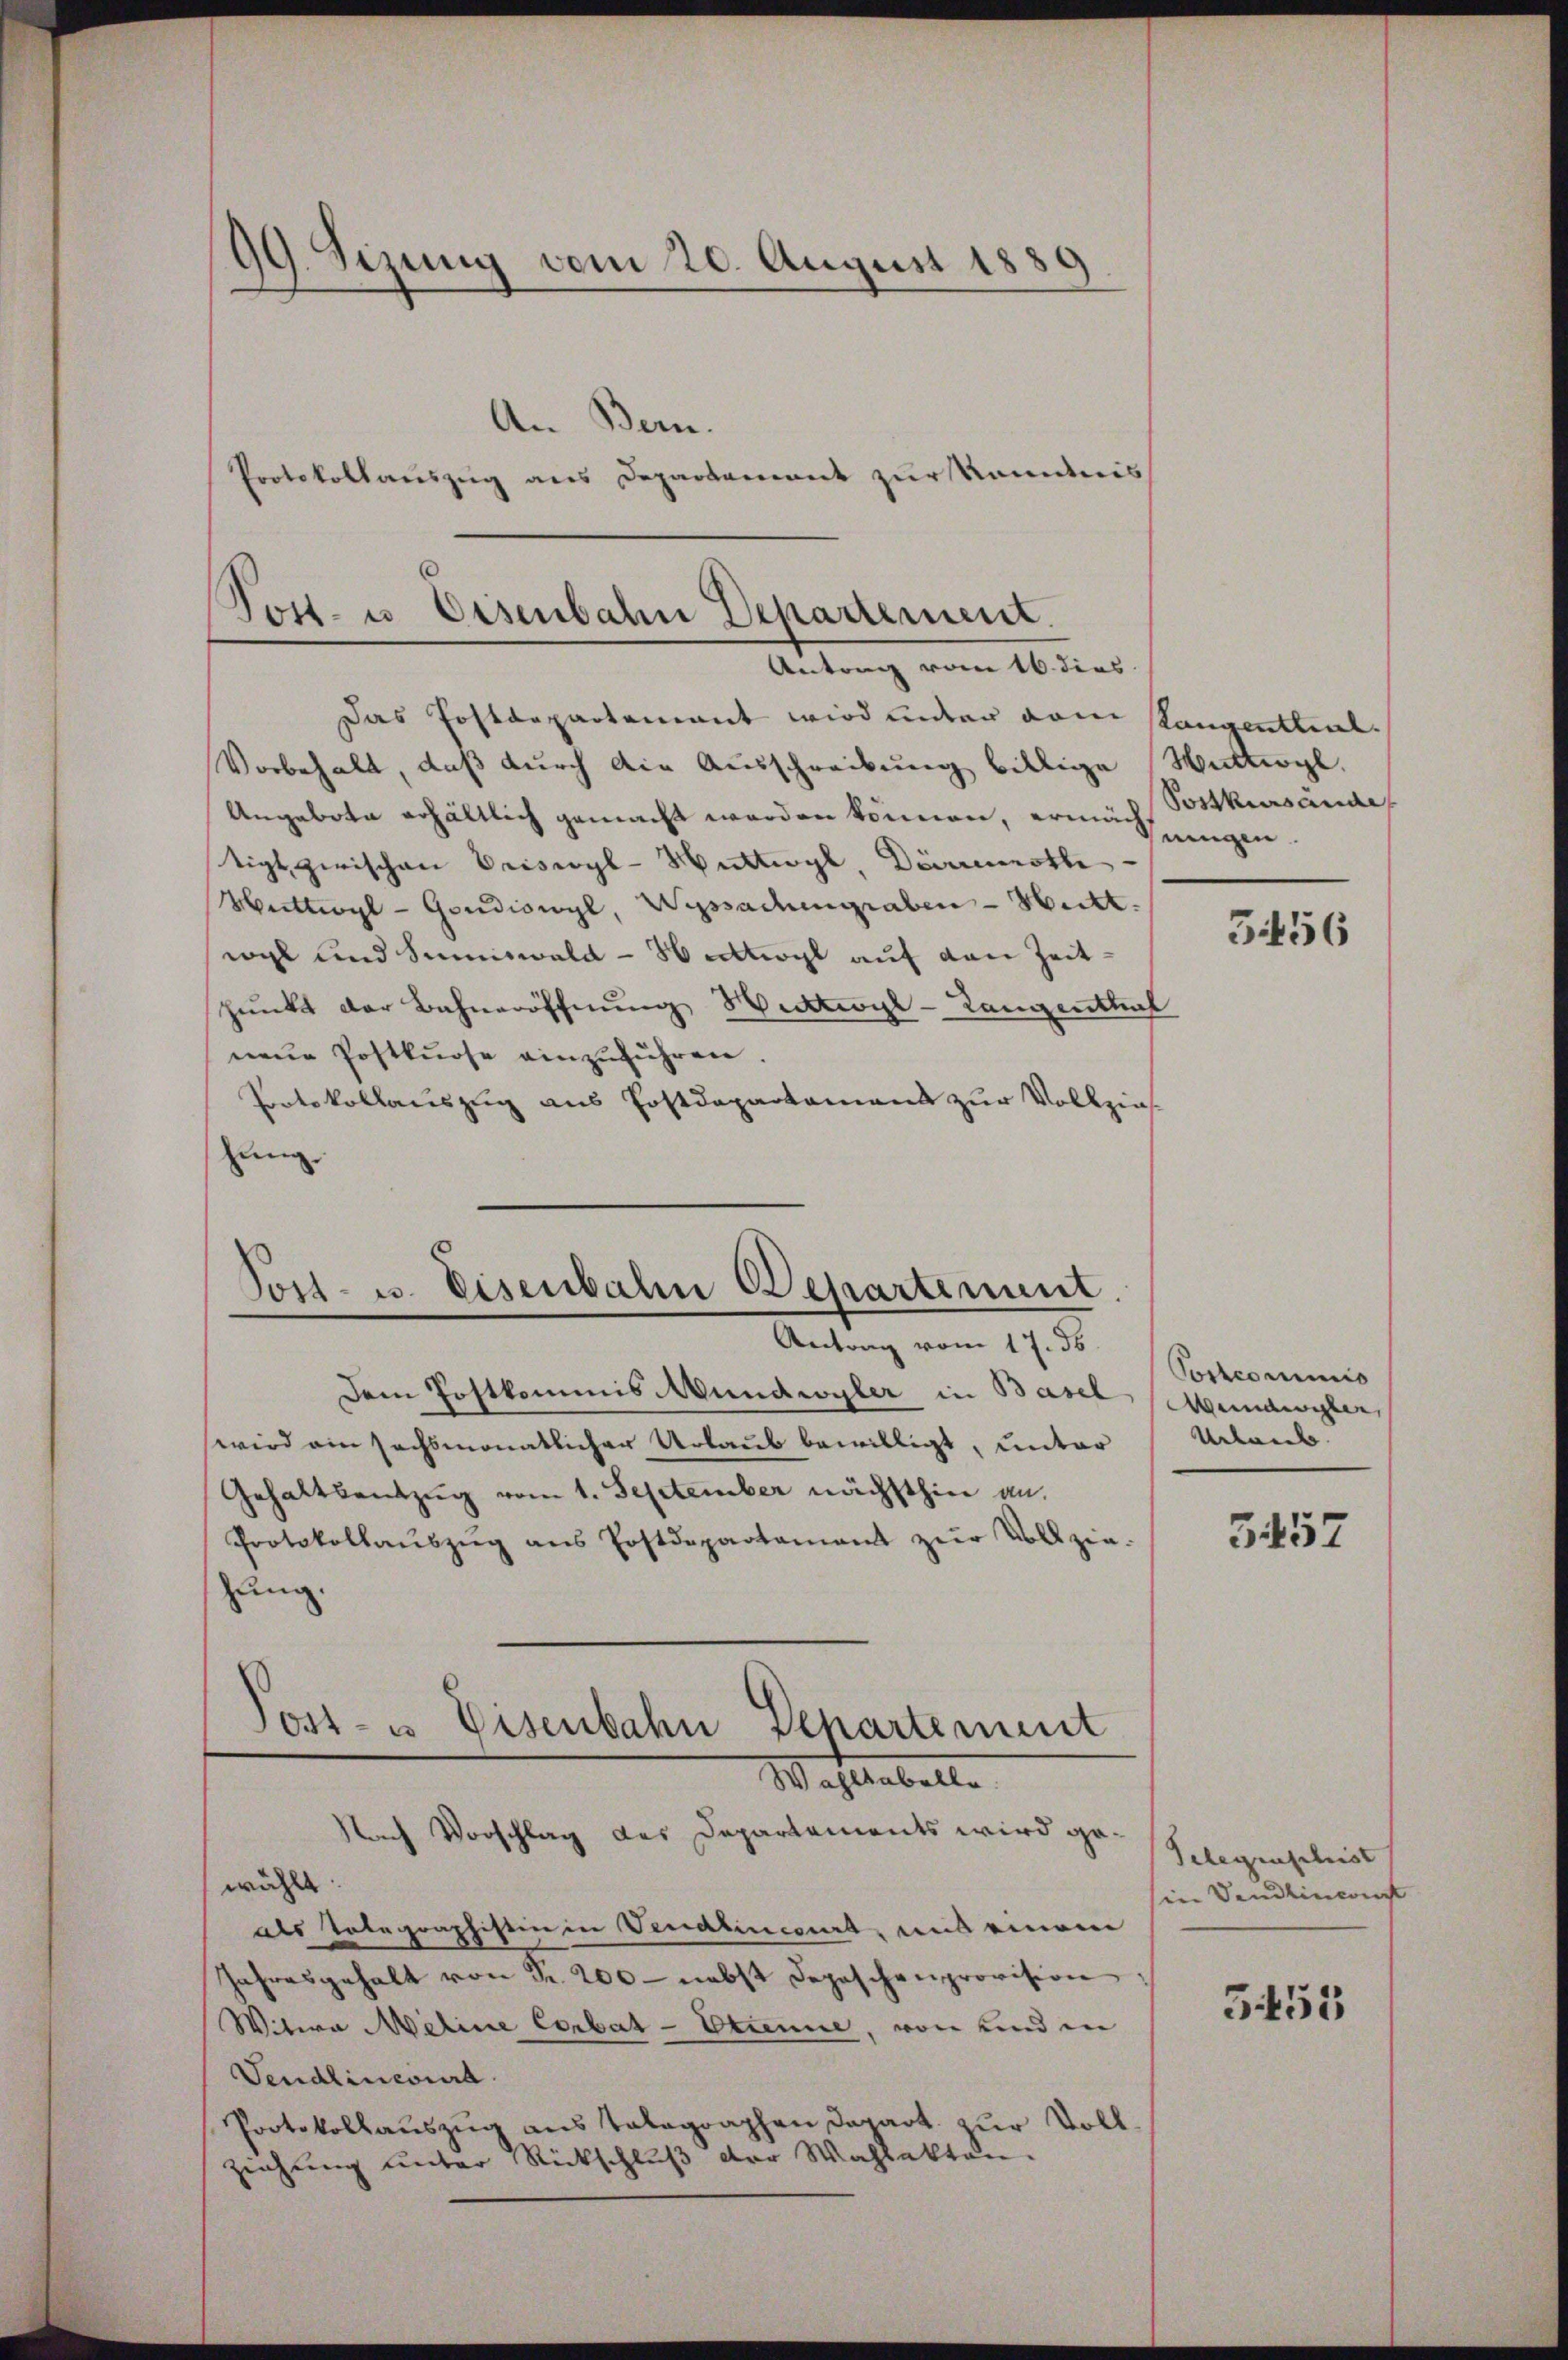
99. Sizung vom 20. August 1889
An Bern.
Protokollauszug aus Departament zur Kenntnis

Tott- u Eisenbahn Departement.
Antrag vom 16. dies

Das Postdepartement wird unter vom Stangentteil.
Vorbehalt, daß durch die Ausschreibung billige Wittwyl,
Angebote erhältlich gemacht werden können, ermach Postkursände
tigt, zwischen Priswyl-Huttwyl, Diverurthe
Wattwyl-Goudiswyl, Wyssadmgraben - Hitt.
wyl und Summiwald - Nettogl auf den Zeit¬
Punkt der Bahneröffnung Hudtwyl-Langenthal
neue Postkurse einzuführen.
Potokollauszug aus Postdepartament zur Vollzias-
hung.

Post- u. Eisenbahn Departement.
Antrag vom 17. ds.

Dem Postkommis Mundwyler in Basel
wird ein sechsmonatlicher Urlaub bewilligt, unter
Gehaltsentzug vom 1. September nächsthin an.
Protokollaŭszŭg ans Postdepartamant zŭr Vollzie-
hung.
wählt:
als Telegraphistin in Venatinicirt, und einem
Jahresgehalt von Fr. 200 - nebst Depeschenprovision
Witwe Meline Corbat-Etienne, von und in
Vendlincoura
Protokollaŭszŭg anstalographen Depart zŭr Voll-
ziehung unter Rückschluß der Wahlakten.

Post- u Eisenbahn Behartement
Waltabelle.
Nach Vorschlag des Departements wird ge¬

ningen.

51456

Postcommis
Mundwister,
Urlaub

5457

Gelegenschrist
in Sendlincon

355